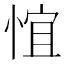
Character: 𪬃